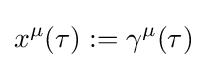
x^{\mu }(\tau ):=\gamma ^{\mu }(\tau )